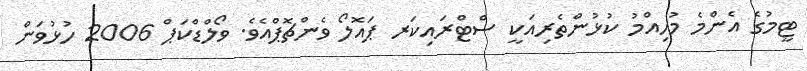
ޓީމުގެ އެންމެ މުހިއްމު ކުޅުންތެރިއަކީ ސްޓްރައިކަރ ޕައޮލޯ ވެންޗޮޕްއެވެ. ވޯލްޑްކަޕް 2006 ހުޅުވަން